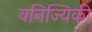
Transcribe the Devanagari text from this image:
वनिज्यिकी